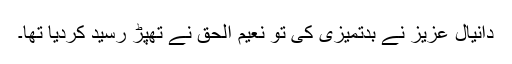
دانیال عزیز نے بدتمیزی کی تو نعیم الحق نے تھپڑ رسید کردیا تھا۔